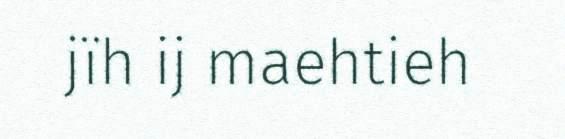
jïh ij maehtieh